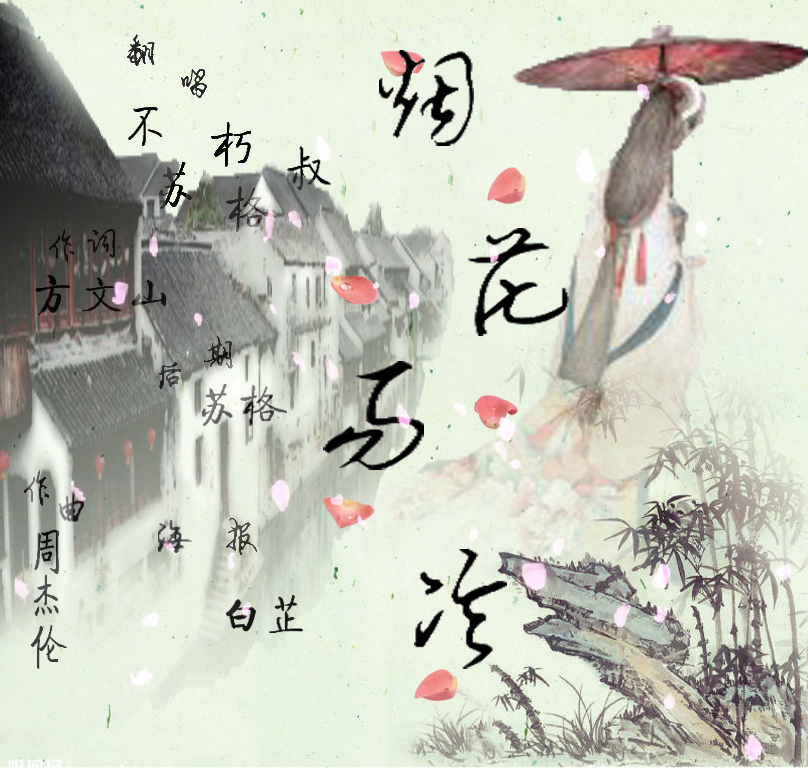
当年紫禁烟花，相逢恨不知音早。